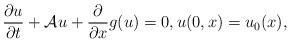
LaTeX: \begin{align*}\frac{\partial u}{\partial t}+{\cal A} u + \frac{\partial}{\partial x}g(u) =0, u(0, x) = u_{0}(x),\end{align*}